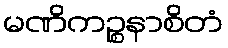
မဏိကဉ္စနာစိတံ